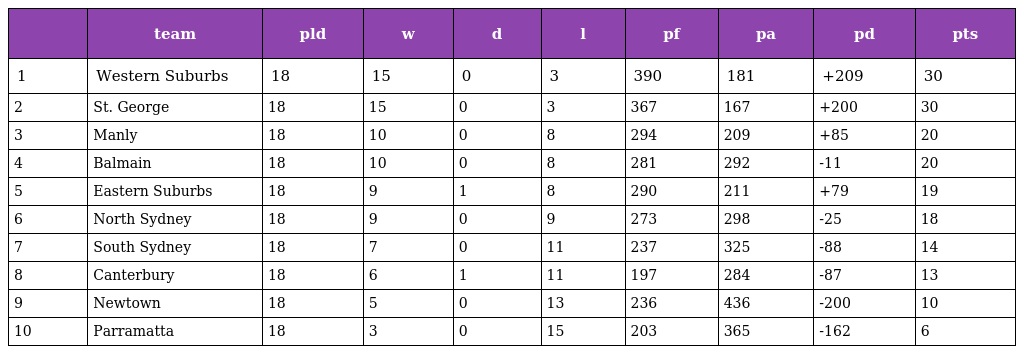
|  | team | pld | w | d | l | pf | pa | pd | pts |
 | --- | --- | --- | --- | --- | --- | --- | --- | --- | --- |
 | 1 | Western Suburbs | 18 | 15 | 0 | 3 | 390 | 181 | +209 | 30 |
 | 2 | St. George | 18 | 15 | 0 | 3 | 367 | 167 | +200 | 30 |
 | 3 | Manly | 18 | 10 | 0 | 8 | 294 | 209 | +85 | 20 |
 | 4 | Balmain | 18 | 10 | 0 | 8 | 281 | 292 | -11 | 20 |
 | 5 | Eastern Suburbs | 18 | 9 | 1 | 8 | 290 | 211 | +79 | 19 |
 | 6 | North Sydney | 18 | 9 | 0 | 9 | 273 | 298 | -25 | 18 |
 | 7 | South Sydney | 18 | 7 | 0 | 11 | 237 | 325 | -88 | 14 |
 | 8 | Canterbury | 18 | 6 | 1 | 11 | 197 | 284 | -87 | 13 |
 | 9 | Newtown | 18 | 5 | 0 | 13 | 236 | 436 | -200 | 10 |
 | 10 | Parramatta | 18 | 3 | 0 | 15 | 203 | 365 | -162 | 6 |